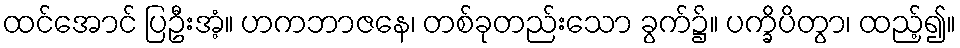
ထင်အောင် ပြဦးအံ့။ ဟကဘာဇနေ၊ တစ်ခုတည်းသော ခွက်၌။ ပက္ခိပိတွာ၊ ထည့်၍။